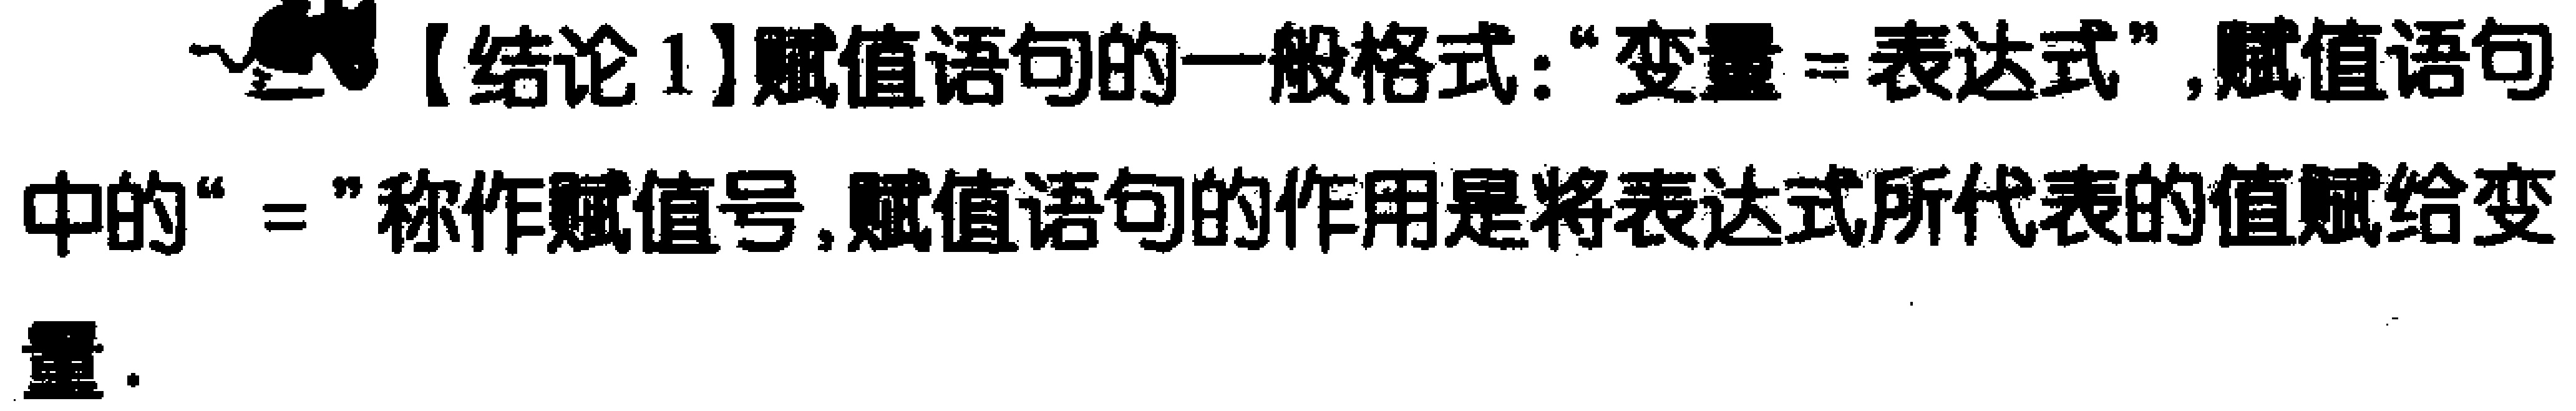
【结论1】赋值语句的一般格式：“变量 = 表达式”, 赋值语句中的“ = ”称作赋值号, 赋值语句的作用是将表达式所代表的值赋给变量.